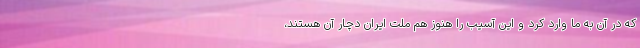
که در آن به ما وارد کرد و این آسیب را هنوز هم ملت ایران دچار آن هستند،